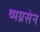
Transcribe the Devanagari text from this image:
व्यग्रसेन